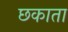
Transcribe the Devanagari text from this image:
छकाता